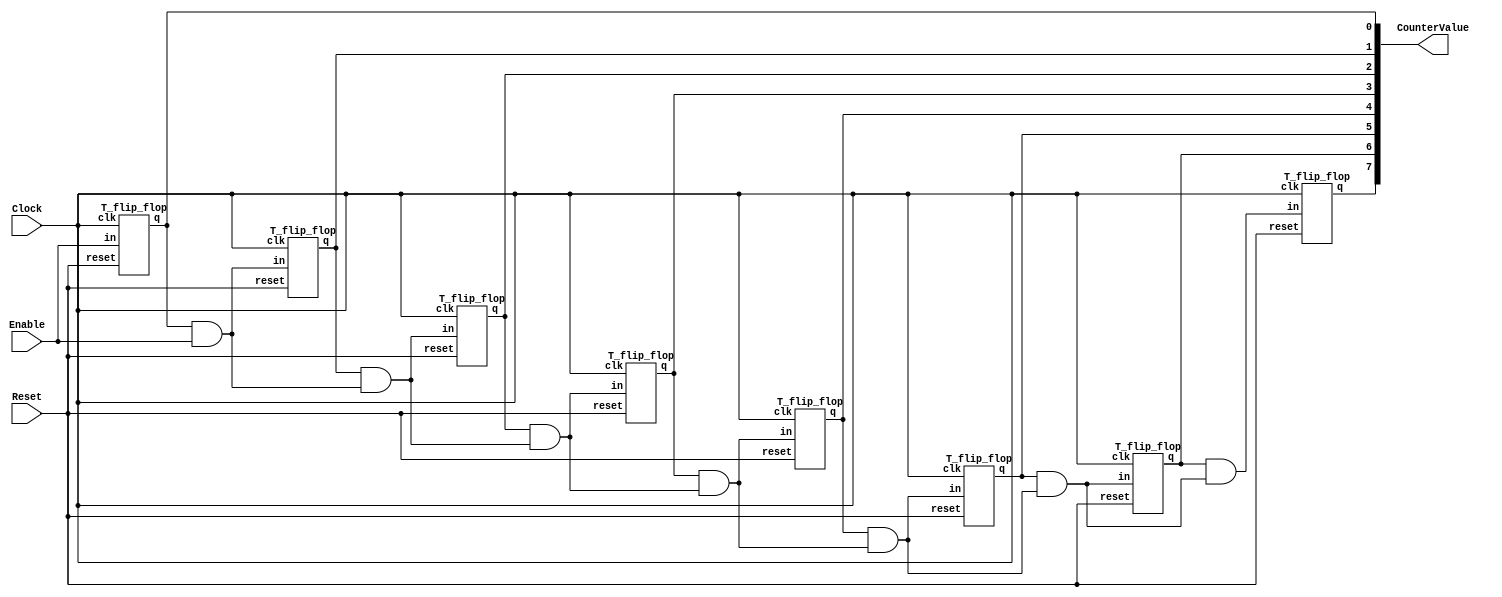
module part1 (
input Clock,
input Enable,
input Reset,
output [7:0] CounterValue
);

    wire [7:0] Qint;
    assign Qint[0] = Enable;
    assign Qint[1] = CounterValue[0] & Qint[0];
    assign Qint[2] = CounterValue[1] & Qint[1];
    assign Qint[3] = CounterValue[2] & Qint[2];
    assign Qint[4] = CounterValue[3] & Qint[3];
    assign Qint[5] = CounterValue[4] & Qint[4];
    assign Qint[6] = CounterValue[5] & Qint[5];
    assign Qint[7] = CounterValue[6] & Qint[6];

    T_flip_flop b0(Clock, Reset, Qint[0], CounterValue[0]);
    T_flip_flop b1(Clock, Reset, Qint[1], CounterValue[1]);
    T_flip_flop b2(Clock, Reset, Qint[2], CounterValue[2]);
    T_flip_flop b3(Clock, Reset, Qint[3], CounterValue[3]);
    T_flip_flop b4(Clock, Reset, Qint[4], CounterValue[4]);
    T_flip_flop b5(Clock, Reset, Qint[5], CounterValue[5]);
    T_flip_flop b6(Clock, Reset, Qint[6], CounterValue[6]);
    T_flip_flop b7(Clock, Reset, Qint[7], CounterValue[7]);

endmodule

module T_flip_flop(clk, reset, in, q);
    input clk, reset, in;
    output q;
    wire dout;
    wire txor;

    assign txor = in ^ dout;

    D_flip_flop d1(clk, reset, txor, dout);

    assign q = dout;

endmodule


module D_flip_flop(
input wire clk ,
input wire reset_b ,
input wire d,
output reg q
);
    always@(posedge clk)
        begin
            if (reset_b) q <= 1'b0;
            else q <= d;
        end
endmodule